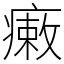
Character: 瘷